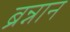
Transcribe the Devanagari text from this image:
ब्रन्नान